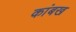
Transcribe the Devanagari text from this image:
कांबख